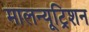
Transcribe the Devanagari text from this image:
मालन्यूट्रिशन